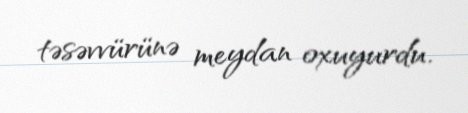
təsəvvürünə meydan oxuyurdu.